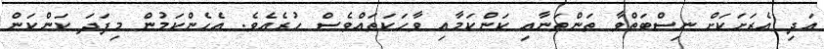
އަދި އެރަށަކަށް ނިސްބަތްވާ ތަންތަނާއި ކަންކަމާއި ވާހަކަތައްވެސް ހުރެއެވެ. އެހެންކަމުން މިފަދަ ކަންކަން